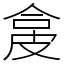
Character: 㿯